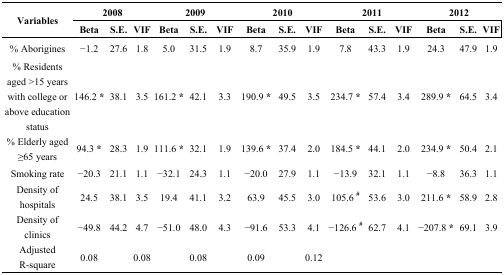
| <ROWSPAN=2> Variables | <COLSPAN=3> 2008 | <COLSPAN=3> 2009 | <COLSPAN=3> 2010 | <COLSPAN=3> 2011 | <COLSPAN=3> 2012 |
 | Beta | S.E. | VIF | Beta | S.E. | VIF | Beta | S.E. | VIF | Beta | S.E. | VIF | Beta | S.E. | VIF |
 | --- | --- | --- | --- | --- | --- | --- | --- | --- | --- | --- | --- | --- | --- | --- | --- |
 | % Aborigines | −1.2 | 27.6 | 1.8 | 5.0 | 31.5 | 1.9 | 8.7 | 35.9 | 1.9 | 7.8 | 43.3 | 1.9 | 24.3 | 47.9 | 1.9 |
 | % Residents aged >15 years with college or above education status | 146.2 * | 38.1 | 3.5 | 161.2 * | 42.1 | 3.3 | 190.9 * | 49.5 | 3.5 | 234.7 * | 57.4 | 3.4 | 289.9 * | 64.5 | 3.4 |
 | % Elderly aged ≥65 years | 94.3 * | 28.3 | 1.9 | 111.6 * | 32.1 | 1.9 | 139.6 * | 37.4 | 2.0 | 184.5 * | 44.1 | 2.0 | 234.9 * | 50.4 | 2.1 |
 | Smoking rate | −20.3 | 21.1 | 1.1 | −32.1 | 24.3 | 1.1 | −20.0 | 27.9 | 1.1 | −13.9 | 32.1 | 1.1 | −8.8 | 36.3 | 1.1 |
 | Density of hospitals | 24.5 | 38.1 | 3.5 | 19.4 | 41.1 | 3.2 | 63.9 | 45.5 | 3.0 | 105.6 # | 53.6 | 3.0 | 211.6 * | 58.9 | 2.8 |
 | Density of clinics | −49.8 | 44.2 | 4.7 | −51.0 | 48.0 | 4.3 | −91.6 | 53.3 | 4.1 | −126.6 # | 62.7 | 4.1 | −207.8 * | 69.1 | 3.9 |
 | Adjusted R-square | 0.08 |  | 0.08 |  | 0.08 |  | 0.09 |  | 0.12 |  |  |  |  |  |  |